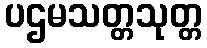
ပဌမသတ္တသုတ္တ